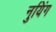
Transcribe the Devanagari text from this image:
नुयिंग